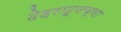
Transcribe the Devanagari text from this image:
देहरादूनच्या